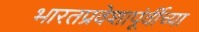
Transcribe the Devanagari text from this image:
भारतप्रवेशापूंर्वीच्या